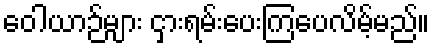
ဝေါယာဉ်များ ငှားရမ်းပေးကြပေလိမ့်မည်။